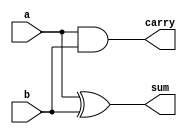
`timescale 1ns/1ns

module half_adder 
	(
		input a,
		input b,

		output sum,
		output carry
	);

	assign sum   = a ^ b;  // bitwise xor
	assign carry = a & b;  // bitwise and
endmodule // half_adder